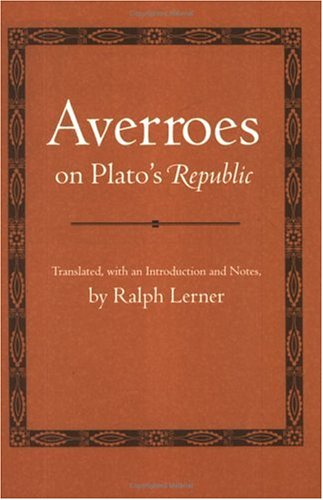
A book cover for Averroes on Plato's "Republic"; Averroes; Religion & Spirituality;